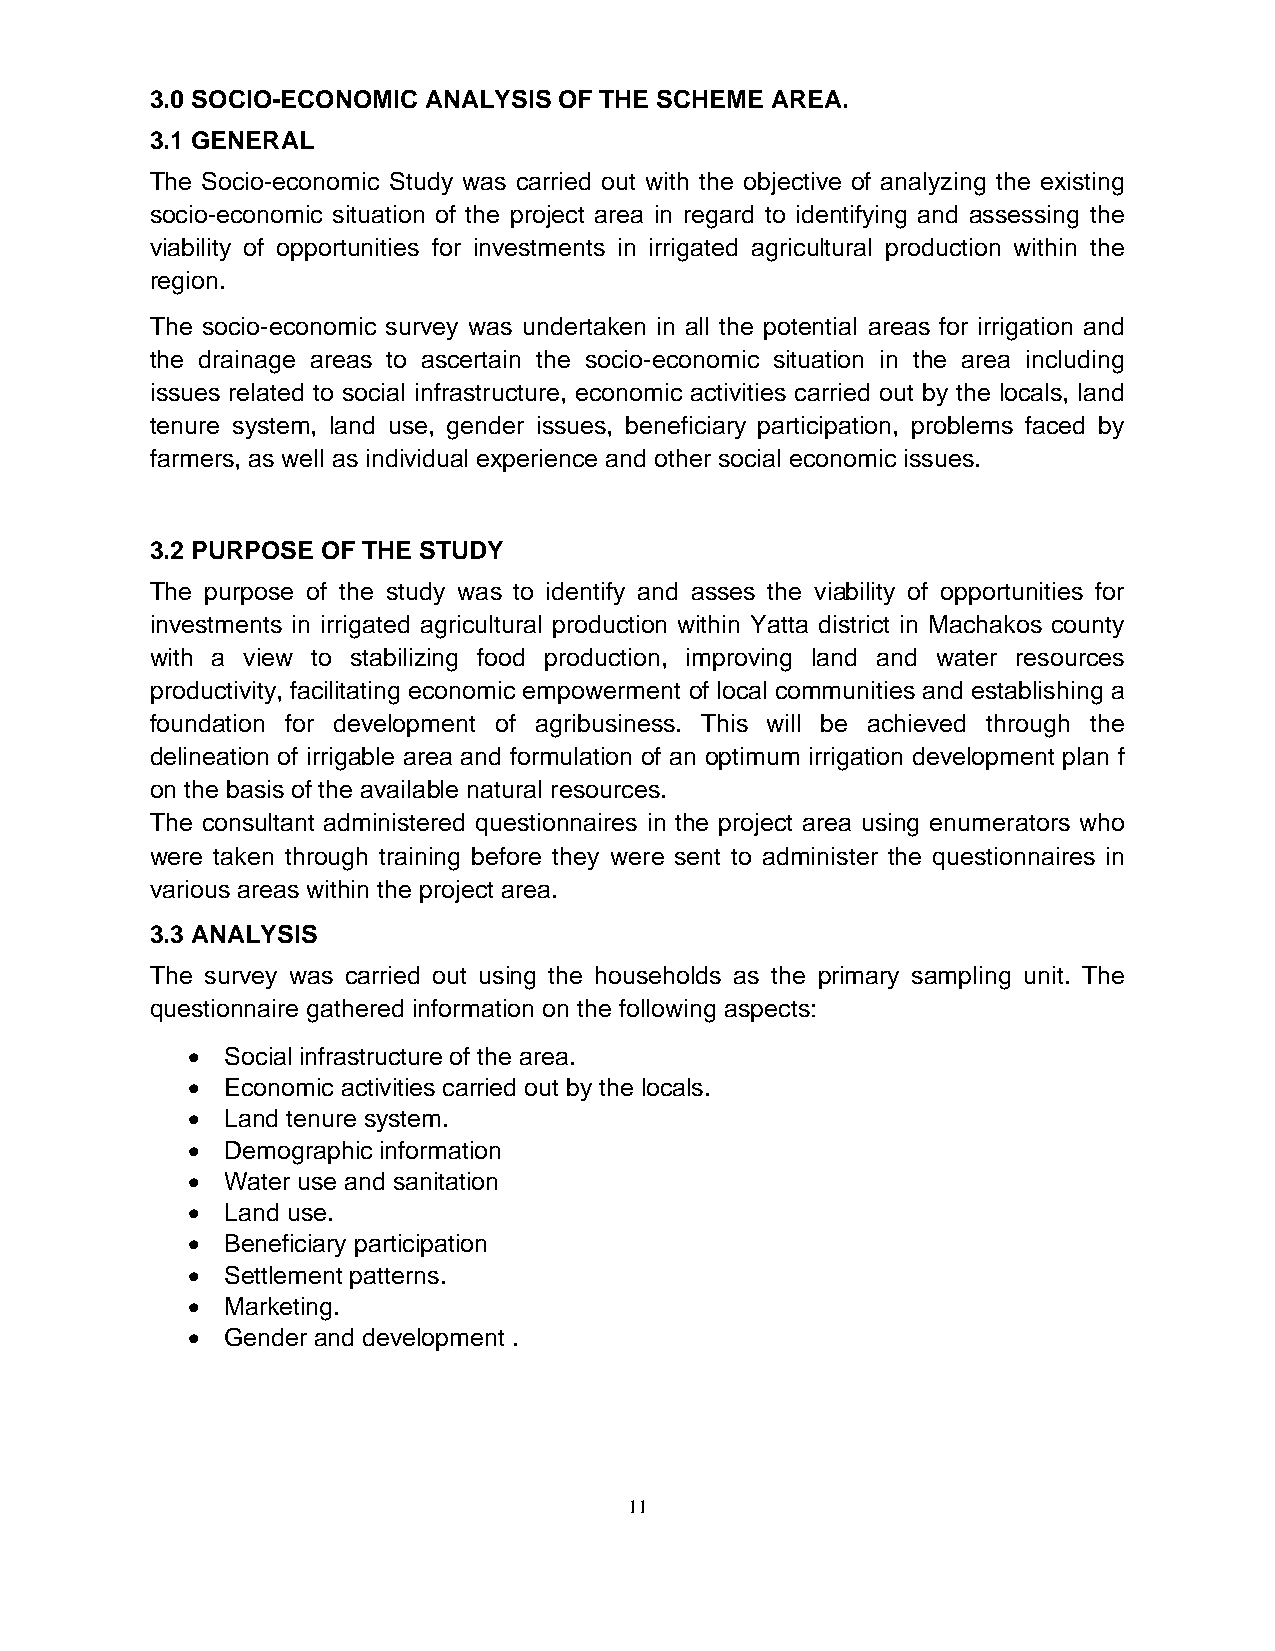
3.0 SOCIO-ECONOMIC ANALYSIS OF THE SCHEME AREA.
 3.1 GENERAL
 The Socio-economic Study was carried out with the objective of analyzing the existing
 socio-economic situation of the project area in regard to identifying and assessing the
 viability of opportunities for investments in irrigated agricultural production within the
 region.
 The socio-economic survey was undertaken in all the potential areas for irrigation and
 the drainage areas to ascertain the socio-economic situation in the area including
 issues related to social infrastructure, economic activities carried out by the locals, land
 tenure system, land use, gender issues, beneficiary participation, problems faced by
 farmers, as well as individual experience and other social economic issues.
 3.2 PURPOSE OF THE STUDY
 The purpose of the study was to identify and asses the viability of opportunities for
 investments in irrigated agricultural production within Yatta district in Machakos county
 with a view to stabilizing food production, improving land and water resources
 productivity, facilitating economic empowerment of local communities and establishing a
 foundation for development of agribusiness. This will be achieved through the
 delineation of irrigable area and formulation of an optimum irrigation development plan f
 on the basis of the available natural resources.
 The consultant administered questionnaires in the project area using enumerators who
 were taken through training before they were sent to administer the questionnaires in
 various areas within the project area.
 3.3 ANALYSIS
 The survey was carried out using the households as the primary sampling unit. The
 questionnaire gathered information on the following aspects:
 •  Social infrastructure of the area.
 •  Economic activities carried out by the locals.
 •  Land tenure system.
 •  Demographic information
 •  Water use and sanitation
 •  Land use.
 •  Beneficiary participation
 •  Settlement patterns.
 •  Marketing.
 •  Gender and development .
 11